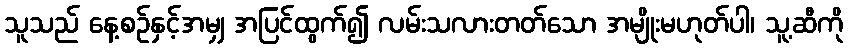
သူသည် နေ့စဉ်နှင့်အမျှ အပြင်ထွက်၍ လမ်းသလားတတ်သော အမျိုးမဟုတ်ပါ၊ သူ့ဆီကို